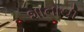
શાનાથી